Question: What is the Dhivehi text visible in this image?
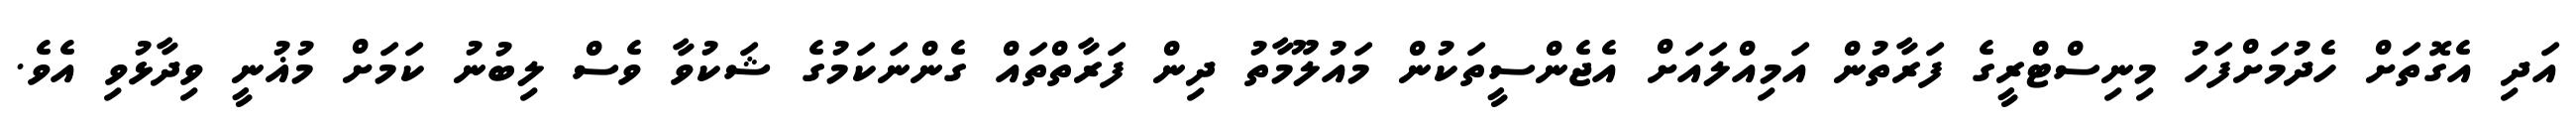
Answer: އަދި އެގޮތަށް ހެދުމަށްފަހު މިނިސްޓްރީގެ ފަރާތުން އަމިއްލައަށް އެޖެންސީތަކުން މައުލޫމާތު ދިން ފަރާތްތައް ގެންނަކަމުގެ ޝަކުވާ ވެސް ލިބުނު ކަމަށް މުޣުނީ ވިދާޅުވި އެވެ.